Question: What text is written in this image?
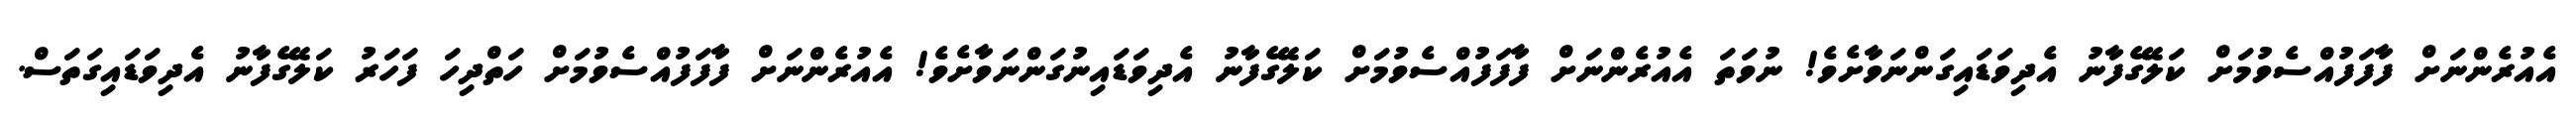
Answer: އެއުރެންނަށް ފާފަފުއްސެވުމަށް ކަލޭގެފާނު އެދިވަޑައިގަންނަވާށެވެ! ނުވަތަ އެއުރެންނަށް ފާފަފުއްސެވުމަށް ކަލޭގެފާނު އެދިވަޑައިނުގަންނަވާށެވެ! އެއުރެންނަށް ފާފަފުއްސެވުމަށް ހަތްދިހަ ފަހަރު ކަލޭގެފާނު އެދިވަޑައިގަތަސް.